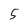
Character: 5